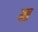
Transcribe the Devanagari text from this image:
ञ्च